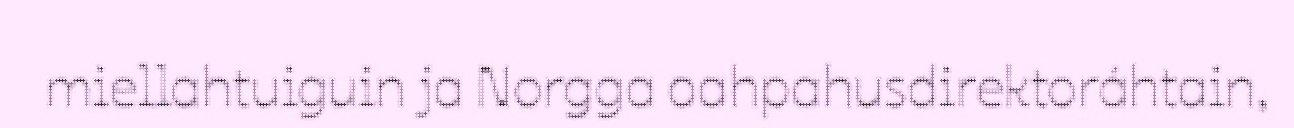
miellahtuiguin ja Norgga oahpahusdirektoráhtain,